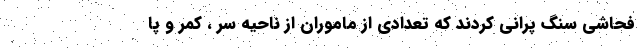
فحاشی سنگ پرانی کردند که تعدادی از ماموران از ناحیه سر ، کمر و پا